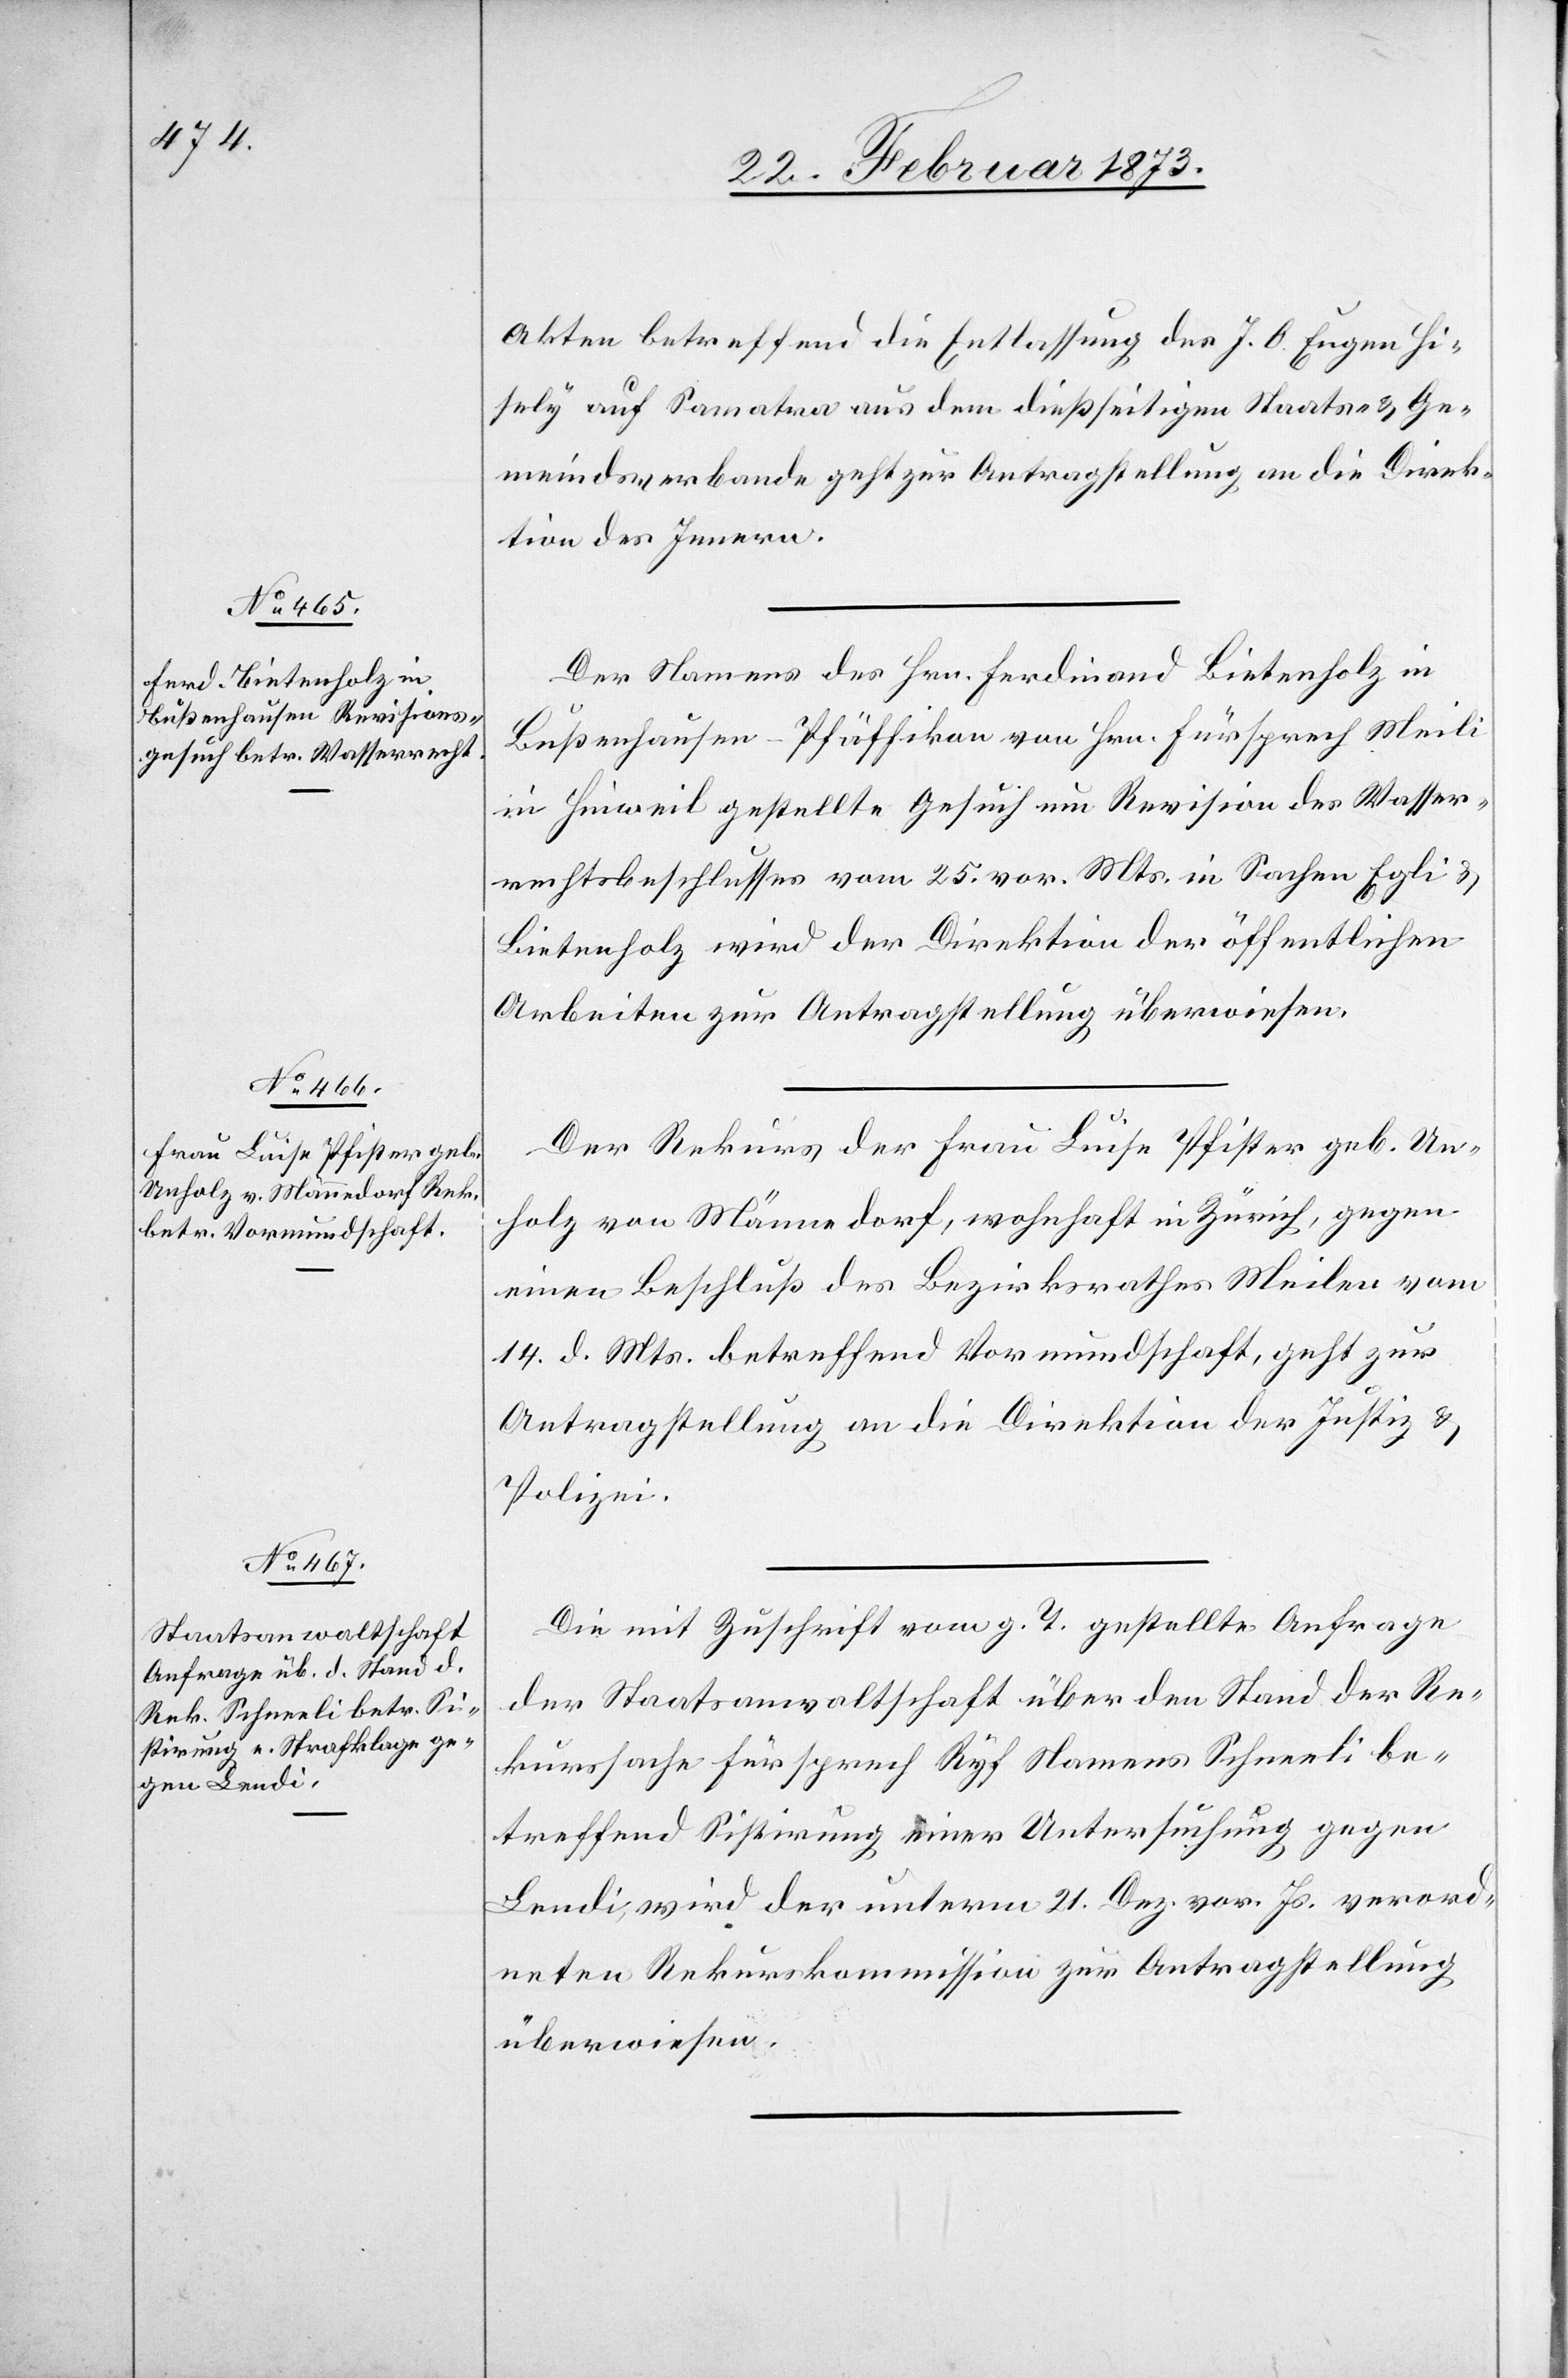
25. Februar 1873.]
Akten betreffend die Entlassung des J. A. Eugen Hisely
Gemeindsverbande geht zur Antragstellung an die Direk¬
tion des Innern.
Das] Namens des Hrn. Ferdinand Bietenholz in
Bußenhausen-Pfäffikon von Hrn. Fürsprech Meili
in Hinweil gestellte Gesuch um Revision des Wasser¬
rechtsbeschlusses vom 25. vor. Mts. in Sachen Egli u.
Bietenholz wird der Direktion der öffentlichen
Arbeiten zur Antragstellung überwiesen.
Der Rekurs der Frau Luise Pfister geb. Un¬
holz von Männedorf, wohnhaft in Zürich, gegen
einen Beschluß des Bezirksrathes Meilen vom
14. d. Mts. betreffend Vormundschaft, geht zur
Antragstellung an die Direktion der Justiz u.
Polizei.
Die mit Zuschrift vom g. T. gestellte Anfrage
der Staatsanwaltschaft über den Stand der Re¬
kurssache Fürsprech Ryf Namens Schneeli be¬
treffend Sistirung einer Untersuchung gegen
Lendi, wird der unterm 21. Dez. vor. Js. verord¬
neten Rekurskommission zur Antragstellung
überwiesen.